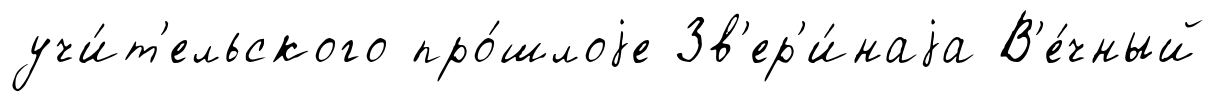
учи́т'ельского про́шлоjе Зв'ер'и́наjа В'е́чный